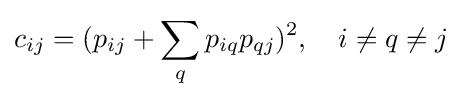
c_{ij}=(p_{ij}+\sum _{q}p_{iq}p_{qj})^{2},\quad i\neq q\neq j